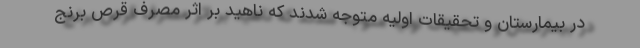
در بیمارستان و تحقیقات اولیه متوجه شدند که ناهید بر اثر مصرف قرص برنج